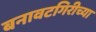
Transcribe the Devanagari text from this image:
बनावटगिरीच्या